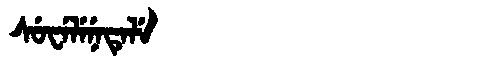
Manchu: ᠰᡠᠸᡝᠯᡝᠨᡝᡨᡝᠯᡝ
Romanization: SUWELENETELE